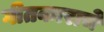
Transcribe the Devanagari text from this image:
गीतकाराचे